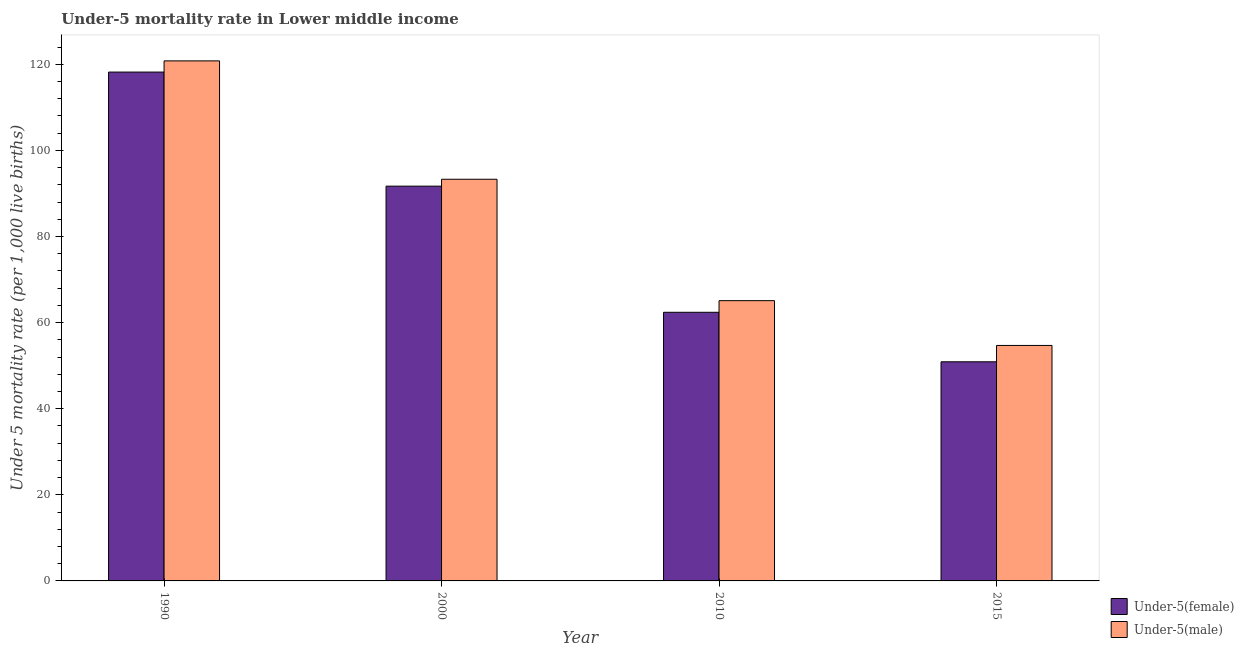
| Year | Under-5(female) | Under-5(male) |
 | --- | --- | --- |
 | 1990 | 118 | 121 |
 | 2000 | 91.7 | 93.3 |
 | 2010 | 62.4 | 65.1 |
 | 2015 | 50.9 | 54.7 |